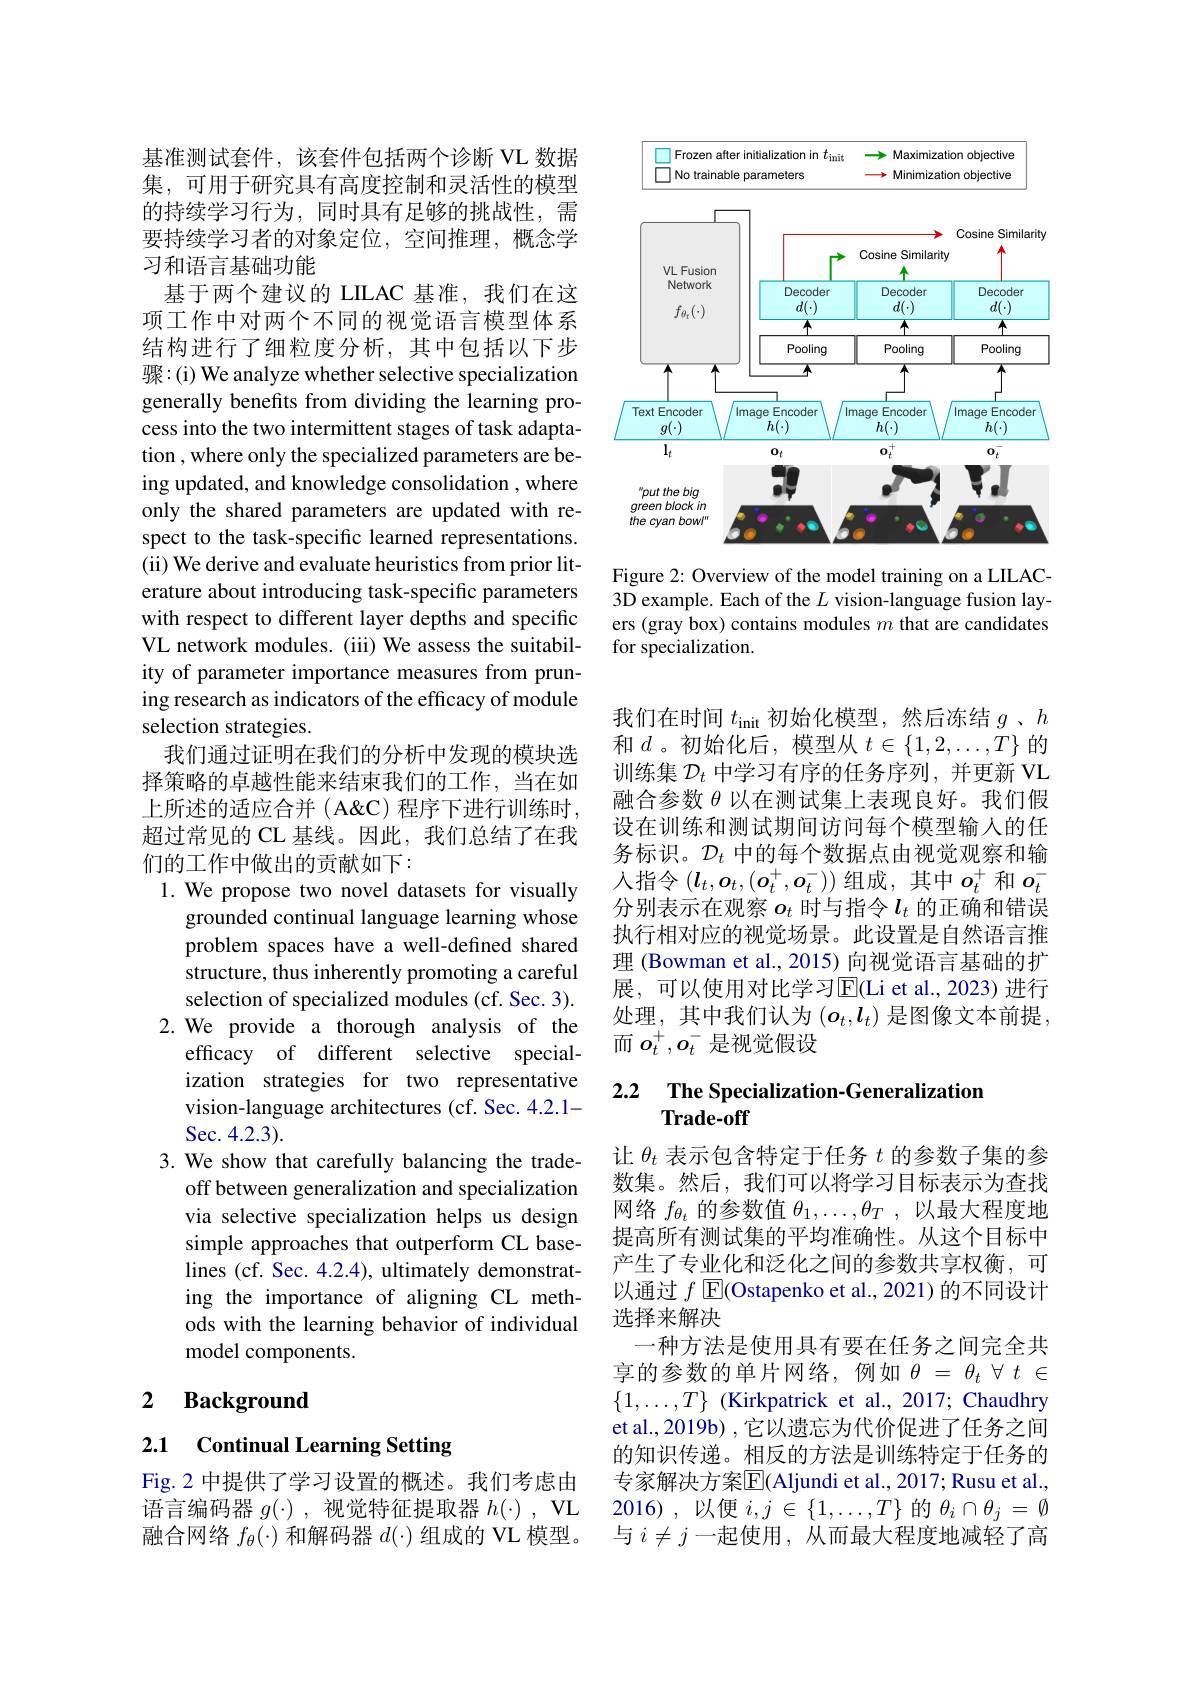
基准测试套件，该套件包括两个诊断 VL 数据集，可用于研究具有高度控制和灵活性的模型的持续学习行为，同时具有足够的挑战性，需要持续学习者的对象定位，空间推理，概念学习和语言基础功能
基于两个建议的 LILAC 基准，我们在这项工作中对两个不同的视觉语言模型体系结构进行了细粒度分析，其中包括以下步骤：(i) We analyze whether selective specialization generally benefits from dividing the learning process into the two intermittent stages of task adaptation , where only the specialized parameters are being updated, and knowledge consolidation , where only the shared parameters are updated with respect to the task-specific learned representations. (ii) We derive and evaluate heuristics from prior literature about introducing task-specific parameters with respect to different layer depths and specific VL network modules. (iii) We assess the suitability of parameter importance measures from pruning research as indicators of the efficacy of module selection strategies.
我们通过证明在我们的分析中发现的模块选择策略的卓越性能来结束我们的工作，当在如上所述的适应合并( A&C) 程序下进行训练时， 超过常见的 CL 基线。因此，我们总结了在我们的工作中做出的贡献如下：
1. We propose two novel datasets for visually
grounded continual language learning whose problem spaces have a well-defined shared structure, thus inherently promoting a careful selection of specialized modules (cf. Sec. 3).
2.We provide a thorough analysis of the
efficacy of different selective specialization strategies for two representative vision-language architectures (cf. Sec. 4.2.1- Sec. 4.2.3).
3. We show that carefully balancing the trade-
off between generalization and specialization via selective specialization helps us design simple approaches that outperform CL baselines (cf. Sec. 4.2.4), ultimately demonstrating the importance of aligning CL methods with the learning behavior of individual model components.

### 2 $\textbf{Background}$

2.1 Continual Learning Setting

Fig.2 中提供了学习设置的概述。我们考虑由语言编码器$g(\cdot)$,视觉特征提取器$h(\cdot)$, VL 融合网络$f_\theta(\cdot)$和解码器$d(\cdot)$组成的 VL 模型。

<FigureHere>

Figure 2: Overview of the model training on a LILAC-

3D example. Each of the $L$ vision-language fusion layers (gray box) contains modules $m$ that are candidates for specialization.

我们在时间$t_\mathrm{init}$初始化模型，然后冻结$g$ 、$h$ 和$d$ 。初始化后，模型从$t\in\{1,2,\ldots,T\}$的训练集$\mathcal{D}_t$中学习有序的任务序列，并更新 VL 融合参数$\theta$以在测试集上表现良好。我们假设在训练和测试期间访问每个模型输入的任务标识。$\mathcal{D}_t$中的每个数据点由视觉观察和输人指令$(\boldsymbol l_t,\boldsymbol{o}_t,(\boldsymbol{o}_t^+,\boldsymbol{o}_t^-))$组成，其中$o_t^+$和$o_t^-$ 分别表示在观察$o_t$时与指令$l_t$的正确和错误执行相对应的视觉场景。此设置是自然语言推理 (Bowman et al., 2015) 向视觉语言基础的扩展，可以使用对比学习$\operatorname{E}($Li et al.,2023)进行处理，其中我们认为$(o_t,l_t)$是图像文本前提， 而$o_t^+,o_t^-$是视觉假设

## 2.2 $\textbf{The Specialization- Generalization}$ Trade-off

让$\theta_t$表示包含特定于任务$t$的参数子集的参数集。然后，我们可以将学习目标表示为查找网络$f_{\theta_t}$的参数值$\theta_1,\ldots,\theta_T$,以最大程度地提高所有测试集的平均准确性。从这个目标中产生了专业化和泛化之间的参数共享权衡，可以通过$f$ E(Ostapenko et al., 2021) 的不同设计选择来解决
一种方法是使用具有要在任务之间完全共享的参数的单片网络，例如$\theta=\theta_t\forall t\in$ $\{1,\ldots,T\}$ (Kirkpatrick et al., 2017; Chaudhry et al., 2019b) , 它以遗忘为代价促进了任务之间的知识传递。相反的方法是训练特定于任务的专家解决方案$\overline{\mathrm{E}}$(Aljundi et al., 2017; Rusu et al., 2016),以便$i,j\in\{1,\ldots,T\}$ 的$\theta_i\cap\theta_j=\emptyset$ 与$i\neq j$一起使用，从而最大程度地减轻了高